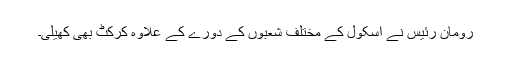
رومان رئیس نے اسکول کے مختلف شعبوں کے دورے کے علاوہ کرکٹ بھی کھیلی۔